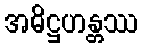
အဓိဋ္ဌဟန္တဿ